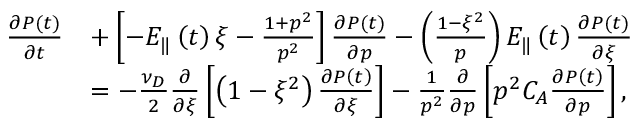
\begin{array} { r l } { \frac { \partial P \left( t \right) } { \partial t } } & { + \left[ - E _ { \Vert } \left( t \right) \xi - \frac { 1 + p ^ { 2 } } { p ^ { 2 } } \right] \frac { \partial P \left( t \right) } { \partial p } - \left( \frac { 1 - \xi ^ { 2 } } { p } \right) E _ { \Vert } \left( t \right) \frac { \partial P \left( t \right) } { \partial \xi } } \\ & { = - \frac { \nu _ { D } } { 2 } \frac { \partial } { \partial \xi } \left[ \left( 1 - \xi ^ { 2 } \right) \frac { \partial P \left( t \right) } { \partial \xi } \right] - \frac { 1 } { p ^ { 2 } } \frac { \partial } { \partial p } \left[ p ^ { 2 } C _ { A } \frac { \partial P \left( t \right) } { \partial p } \right] , } \end{array}